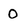
Character: 0